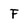
Character: F